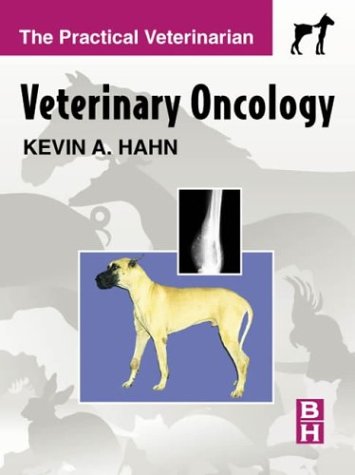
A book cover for Veterinary Oncology: The Practical Veterinarian Series, 4e (Resources for the Knowledge-Based Economy Series); Kevin A. Hahn DVM  PhD; Medical Books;